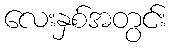
လေးနှစ်အတွင်း